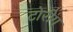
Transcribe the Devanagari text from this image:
टोरीग